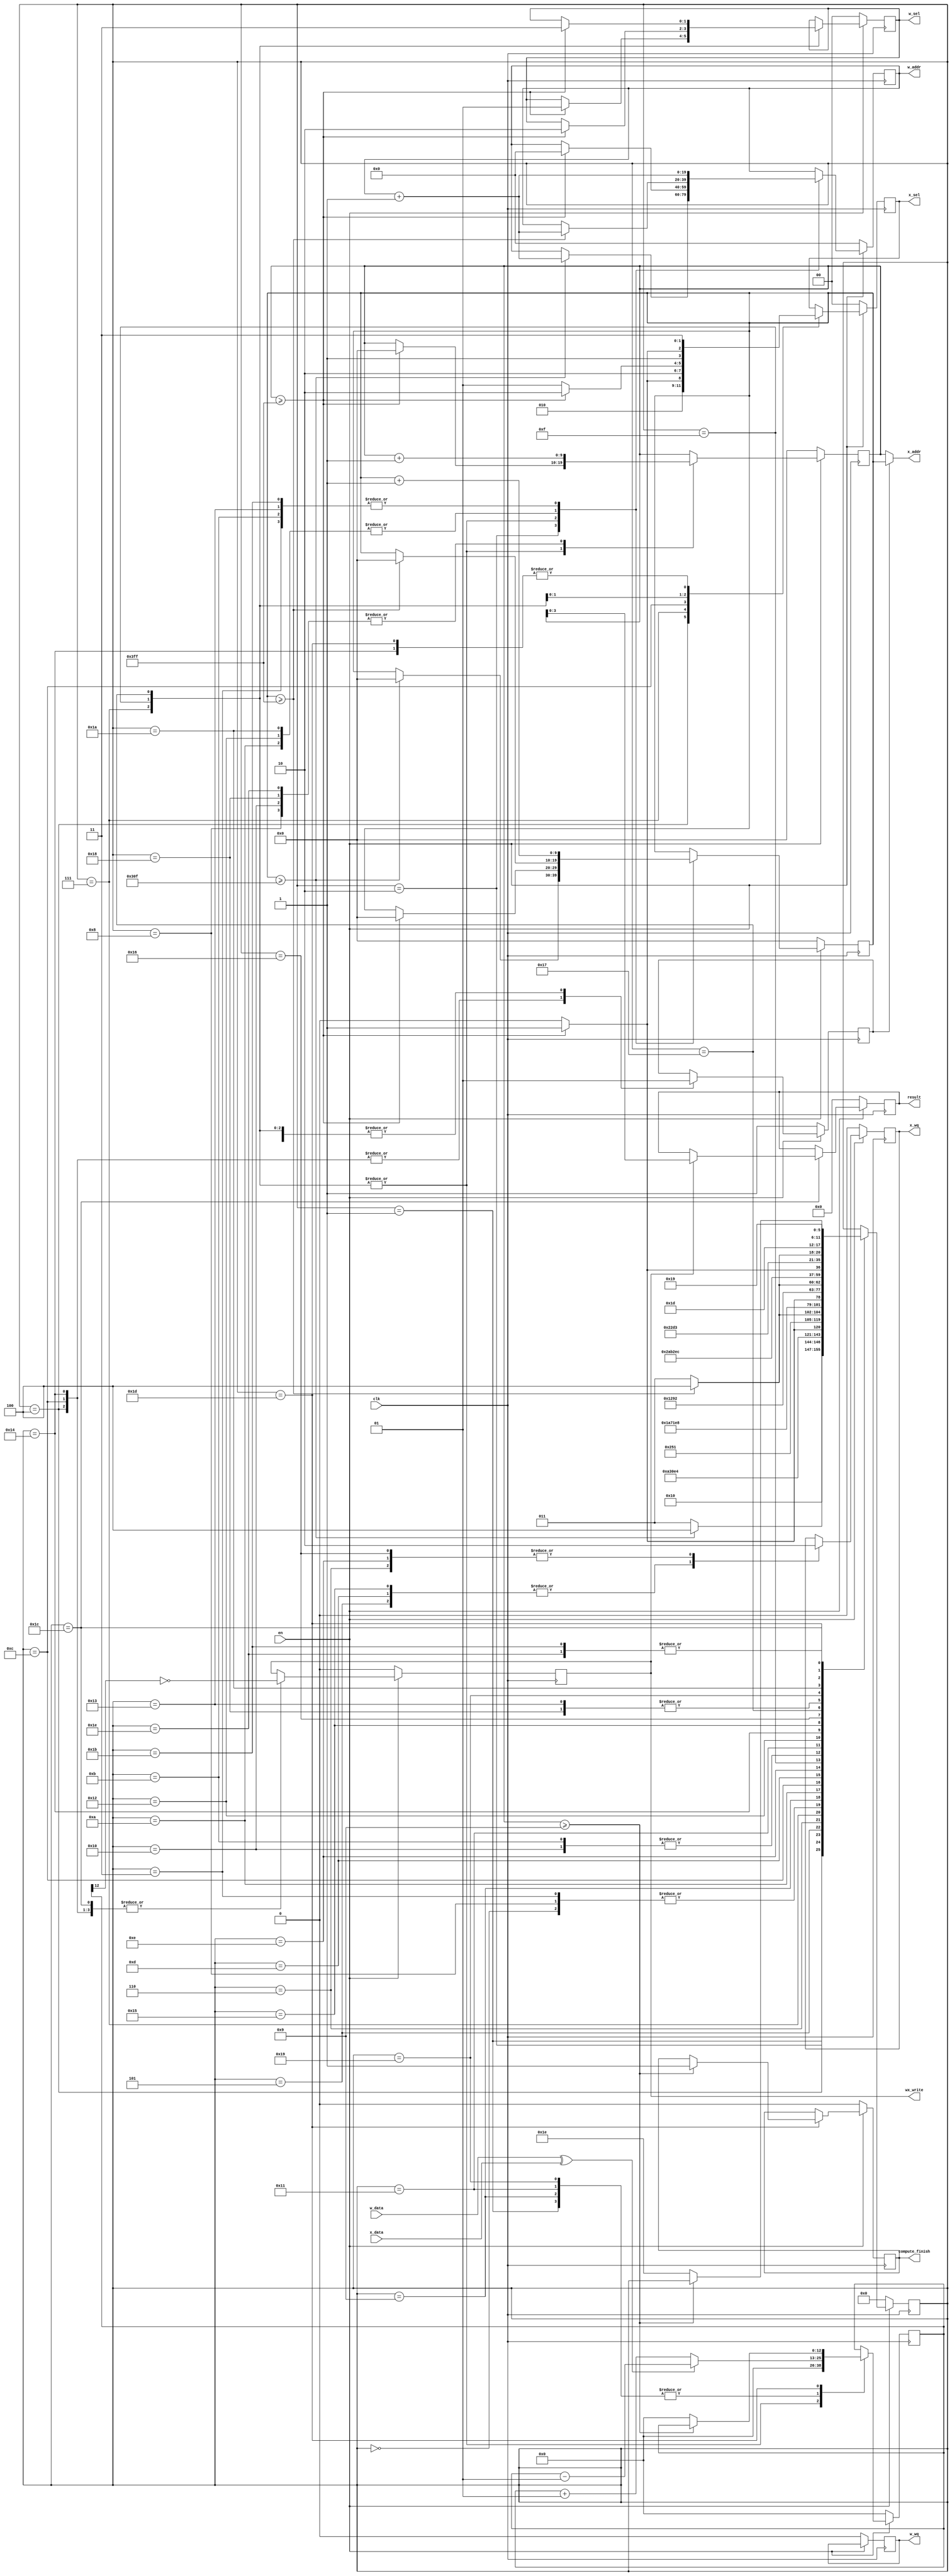
`timescale 1ns/1ps
`define rst 0
// states in layer 1
`define load_x1 1
`define check_load_addr_x1 2
`define update_load_addr_x1 3
`define store_x2_preset 4
`define store_x2_write 5
`define store_x2_finish 6
`define check_store_addr_x2 7
`define update_store_addr_x2 8
// states in layer2
`define load_x2 9
`define check_load_addr_x2 10
`define update_load_addr_x2 11
`define store_x3_preset 12
`define store_x3_write 13
`define store_x3_finish 14
`define check_store_addr_x3 15
`define update_store_addr_x3 16
// states in layer3
`define load_x3 17
`define check_load_addr_x3 18
`define update_load_addr_x3 19
`define store_x4_preset 20
`define store_x4_write 21
`define store_x4_finish 22
`define check_store_addr_x4 23
`define update_store_addr_x4 24
// states in layer4
`define load_x4 25
`define check_load_addr_x4 26
`define update_load_addr_x4 27
`define display_x5 28
`define check_store_addr_x5 29
`define update_store_addr_x5 30


module compute_module
#(
	parameter W_ADDR_LEN = 20,
	parameter W_DATA_LEN = 1,
	parameter W_SEL_LEN = 2,
	parameter W_RW_LEN = 2,
	parameter X_ADDR_LEN = 10,
	parameter X_DATA_LEN = 1,
	parameter X_SEL_LEN = 2,
	parameter X_RW_LEN = 2,
	 parameter W1_LEN = 802816,
	 parameter X1_LEN = 784,
	 parameter W2_LEN = 1048576,
	 parameter X2_LEN = 1024,
	 parameter W3_LEN = 1048576,
	 parameter X3_LEN = 1024,
	 parameter W4_LEN = 10240,
	 parameter X4_LEN = 1024,
	 parameter X5_LEN = 10,
	parameter OUTPUT_LEN = 10,
	parameter alu_width  = 13
	)
(
	clk,
	en,
	compute_finish,
	wx_write,
	w_addr,
	w_data,
	w_sel,
	w_wq,
	x_addr,
	x_data,
	x_sel,
	x_wq,
	result
	);

input clk, en;
input [W_DATA_LEN-1:0] w_data;
input [X_DATA_LEN-1:0] x_data;

output reg compute_finish;

output reg wx_write;

output wire [W_ADDR_LEN-1:0] w_addr;
output reg [W_SEL_LEN-1:0] w_sel;
output reg w_wq;

output wire [X_ADDR_LEN-1:0] x_addr;
output reg [X_SEL_LEN-1:0] x_sel;
output reg x_wq;
output reg [3:0] result;

wire calc_in;

reg r_or_w;

reg [5:0] state;

reg [W_ADDR_LEN-1:0] load_weight_counter;
reg [X_ADDR_LEN-1:0] load_x_counter;
reg [X_ADDR_LEN-1:0] store_x_counter;

reg signed [alu_width-1:0] store_x;

assign w_addr = load_weight_counter;
assign x_addr = r_or_w? load_x_counter : store_x_counter;
assign calc_in = w_data ^ x_data;


always @(posedge clk) begin
	if (en==0) begin
		state <= `rst;
		wx_write <= 0;
		w_wq <= 0;
		x_wq <= 0;
		load_weight_counter <= 0;
		load_x_counter <= 0;
		store_x_counter <= 0;
		w_sel <= 0;
		x_sel <= 0;
		compute_finish <= 0;
		store_x <= 0;
		r_or_w <= 1;
		result <= 0;

	end
	else begin
		case (state)
		`rst: begin
			state <= `load_x1;

		end

		// layer1
// -----------------------------------------------
		`load_x1: begin
			if (calc_in==0) begin
				store_x <= store_x + 1;
			end
			else begin
				store_x <= store_x -1;
			end
			state <= `check_load_addr_x1;

		end


		`check_load_addr_x1: begin
			if (load_x_counter >= X1_LEN-1) begin
				state <= `store_x2_preset;
				load_x_counter <= 0;
				load_weight_counter <= load_weight_counter + 1;
			end
			else begin
				state<=`update_load_addr_x1;
			end
		end

		`update_load_addr_x1: begin
			load_weight_counter <= load_weight_counter + 1;
			load_x_counter <= load_x_counter + 1;
			state <= `load_x1;
		end
		`store_x2_preset: begin
			x_sel <= 1;
			r_or_w <= 0;
			// x_wq <= 1;
			state <= `store_x2_write;
			wx_write <= !store_x[alu_width-1];
		end

		`store_x2_write: begin
			x_wq <= 1;
			state <= `store_x2_finish;
		end

		`store_x2_finish: begin
			x_wq <= 0;
			state <= `check_store_addr_x2;
		end


		`check_store_addr_x2: begin
			// x_sel <= 0;
			r_or_w <= 1;
			if (store_x_counter>=X2_LEN-1) begin
				// $finish;
				state <= `load_x2;
				load_weight_counter <= 0;
				load_x_counter <= 0;
				store_x_counter <= 0;
				w_sel <= 1;
				x_sel <= 1;
				store_x <= 0;
			end
			else begin
				state <= `update_store_addr_x2;
				store_x <= 0;
				x_sel <= 0;
			end
		end

		`update_store_addr_x2: begin
			store_x_counter <= store_x_counter + 1;
			state <= `load_x1;
		end


		// layer 2
// --------------------------------------------------------

		`load_x2: begin
			if (calc_in==0) begin
				store_x <= store_x + 1;
			end
			else begin
				store_x <= store_x -1;
			end
			state <= `check_load_addr_x2;

		end


		`check_load_addr_x2: begin
			if (load_x_counter >= X2_LEN-1) begin
				state <= `store_x3_preset;
				load_x_counter <= 0;
				load_weight_counter <= load_weight_counter + 1;
			end
			else begin
				state<=`update_load_addr_x2;
			end
		end

		`update_load_addr_x2: begin
			load_weight_counter <= load_weight_counter + 1;
			load_x_counter <= load_x_counter + 1;
			state <= `load_x2;

		end

		`store_x3_preset: begin
			x_sel <= 2;
			r_or_w <= 0;
			// x_wq <= 1;
			state <= `store_x3_write;
			wx_write <= !store_x[alu_width-1];
		end

		`store_x3_write: begin
			x_wq <= 1;
			state <= `store_x3_finish;
		end

		`store_x3_finish: begin
			x_wq <= 0;
			state <= `check_store_addr_x3;
		end


		`check_store_addr_x3: begin
			x_sel <= 1;
			r_or_w <= 1;
			if (store_x_counter>=X3_LEN-1) begin
				// $finish;
				state <= `load_x3;
				load_weight_counter <= 0;
				load_x_counter <= 0;
				store_x_counter <= 0;
				w_sel <= 2;
				x_sel <= 2;
				store_x <= 0;
			end
			else begin
				state <= `update_store_addr_x3;
				store_x <= 0;
			end
		end

		`update_store_addr_x3: begin
			store_x_counter <= store_x_counter + 1;
			state <= `load_x2;
		end


		// layer 3
// --------------------------------------------------------

		`load_x3: begin
			if (calc_in==0) begin
				store_x <= store_x + 1;
			end
			else begin
				store_x <= store_x -1;
			end
			state <= `check_load_addr_x3;

		end


		`check_load_addr_x3: begin
			if (load_x_counter >= X3_LEN-1) begin
				state <= `store_x4_preset;
				load_x_counter <= 0;
				load_weight_counter <= load_weight_counter + 1;
			end
			else begin
				state<=`update_load_addr_x3;
			end
		end

		`update_load_addr_x3: begin
			load_weight_counter <= load_weight_counter + 1;
			load_x_counter <= load_x_counter + 1;
			state <= `load_x3;

		end

		`store_x4_preset: begin
			x_sel <= 3;
			r_or_w <= 0;
			// x_wq <= 1;
			state <= `store_x4_write;
			wx_write <= !store_x[alu_width-1];
		end

		`store_x4_write: begin
			x_wq <= 1;
			state <= `store_x4_finish;
		end

		`store_x4_finish: begin
			x_wq <= 0;
			state <= `check_store_addr_x4;
		end


		`check_store_addr_x4: begin
			x_sel <= 2;
			r_or_w <= 1;
			if (store_x_counter>=X4_LEN-1) begin
				// $finish;
				state <= `load_x4;
				load_weight_counter <= 0;
				load_x_counter <= 0;
				store_x_counter <= 0;
				w_sel <= 3;
				x_sel <= 3;
				store_x <= 0;
			end
			else begin
				state <= `update_store_addr_x4;
				store_x <= 0;
			end
		end

		`update_store_addr_x4: begin
			store_x_counter <= store_x_counter + 1;
			state <= `load_x3;
		end


		// layer 4
// --------------------------------------------------------

		`load_x4: begin
			if (calc_in==0) begin
				store_x <= store_x + 1;
			end
			else begin
				store_x <= store_x -1;
			end
			state <= `check_load_addr_x4;

		end


		`check_load_addr_x4: begin
			if (load_x_counter >= X4_LEN-1) begin
				state <= `display_x5;
				load_x_counter <= 0;
				load_weight_counter <= load_weight_counter + 1;
			end
			else begin
				state<=`update_load_addr_x4;
			end
		end

		`update_load_addr_x4: begin
			load_weight_counter <= load_weight_counter + 1;
			load_x_counter <= load_x_counter + 1;
			state <= `load_x4;

		end

		`display_x5: begin
			state <= `check_store_addr_x5;
			wx_write <= !store_x[alu_width-1];
			#2 if(wx_write==1) begin
				$display("%d",store_x_counter);
				result <= store_x_counter;
			end
		end


		`check_store_addr_x5: begin
			x_sel <= 3;
			r_or_w <= 1;
			if (store_x_counter>=X5_LEN-1) begin
				compute_finish <= 1;
			end
			else begin
				state <= `update_store_addr_x5;
				store_x <= 0;
			end
		end

		`update_store_addr_x5: begin
			store_x_counter <= store_x_counter + 1;
			state <= `load_x4;
		end

		endcase
	end
end

endmodule